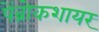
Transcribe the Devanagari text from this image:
पेंब्रोकशायर